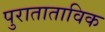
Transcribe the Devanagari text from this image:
पुराताताविक